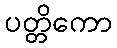
ပတ္တိကော